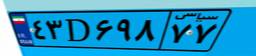
۶۷D۲۶۸۵۸